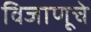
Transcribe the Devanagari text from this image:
विजाणूचे